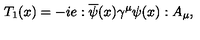
T _ { 1 } ( x ) = - i e : \overline { { \psi } } ( x ) \gamma ^ { \mu } \psi ( x ) : A _ { \mu } ,